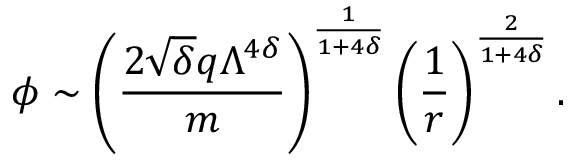
\phi \sim \left( \frac { 2 \sqrt { \delta } q \Lambda ^ { 4 \delta } } { m } \right) ^ { \frac { 1 } { 1 + 4 \delta } } \left( \frac { 1 } { r } \right) ^ { \frac { 2 } { 1 + 4 \delta } } .